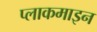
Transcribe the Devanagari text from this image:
प्लाकमाइन